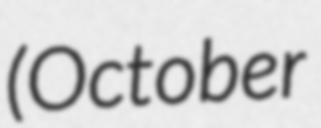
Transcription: (October